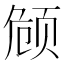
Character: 𬱟